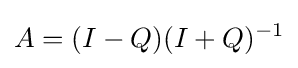
A=(I-Q)(I+Q)^{-1}\,\!